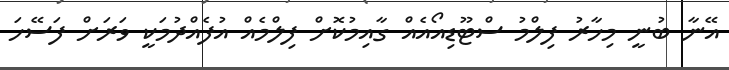
އޭނާ ބުނީ މިހާރު ފިލްމު ސްޓޫޑިއޯއެއް ގާއިމުކޮށް ފިލްމެއް އުފެއްދުމަކީ ވަރަށް ފަސޭހަ